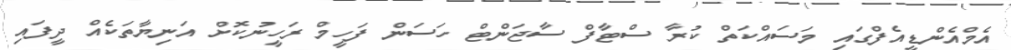
އެމްއެންޑީއެފްގައި މަސައްކަތް ކުރާ ސްޓާފް ސާޖަންޓް ހަސަން ފަހީމް ރަހީނުކޮށް އަނިޔާތަކެއް ދީފައި